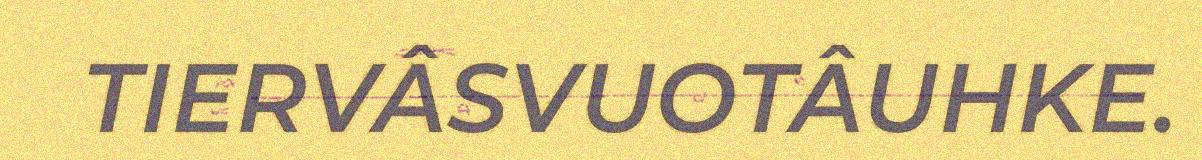
TIERVÂSVUOTÂUHKE.